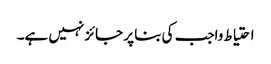
احتیاط واجب کی بنا پر جائز نہیں ہے۔